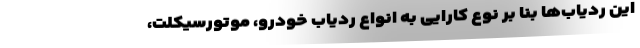
این ردیاب‌ها بنا بر نوع کارایی به انواع ردیاب خودرو، موتورسیکلت،